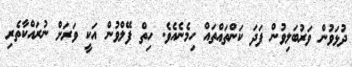
ދުޅަވުން ވަރުބަލިވުން ފަދަ ކަންތައްތައް ހިމެނެއެވެ. ހިތް ފޭލްވުން އަކީ ވަރަށް ނުރައްކާތެރި